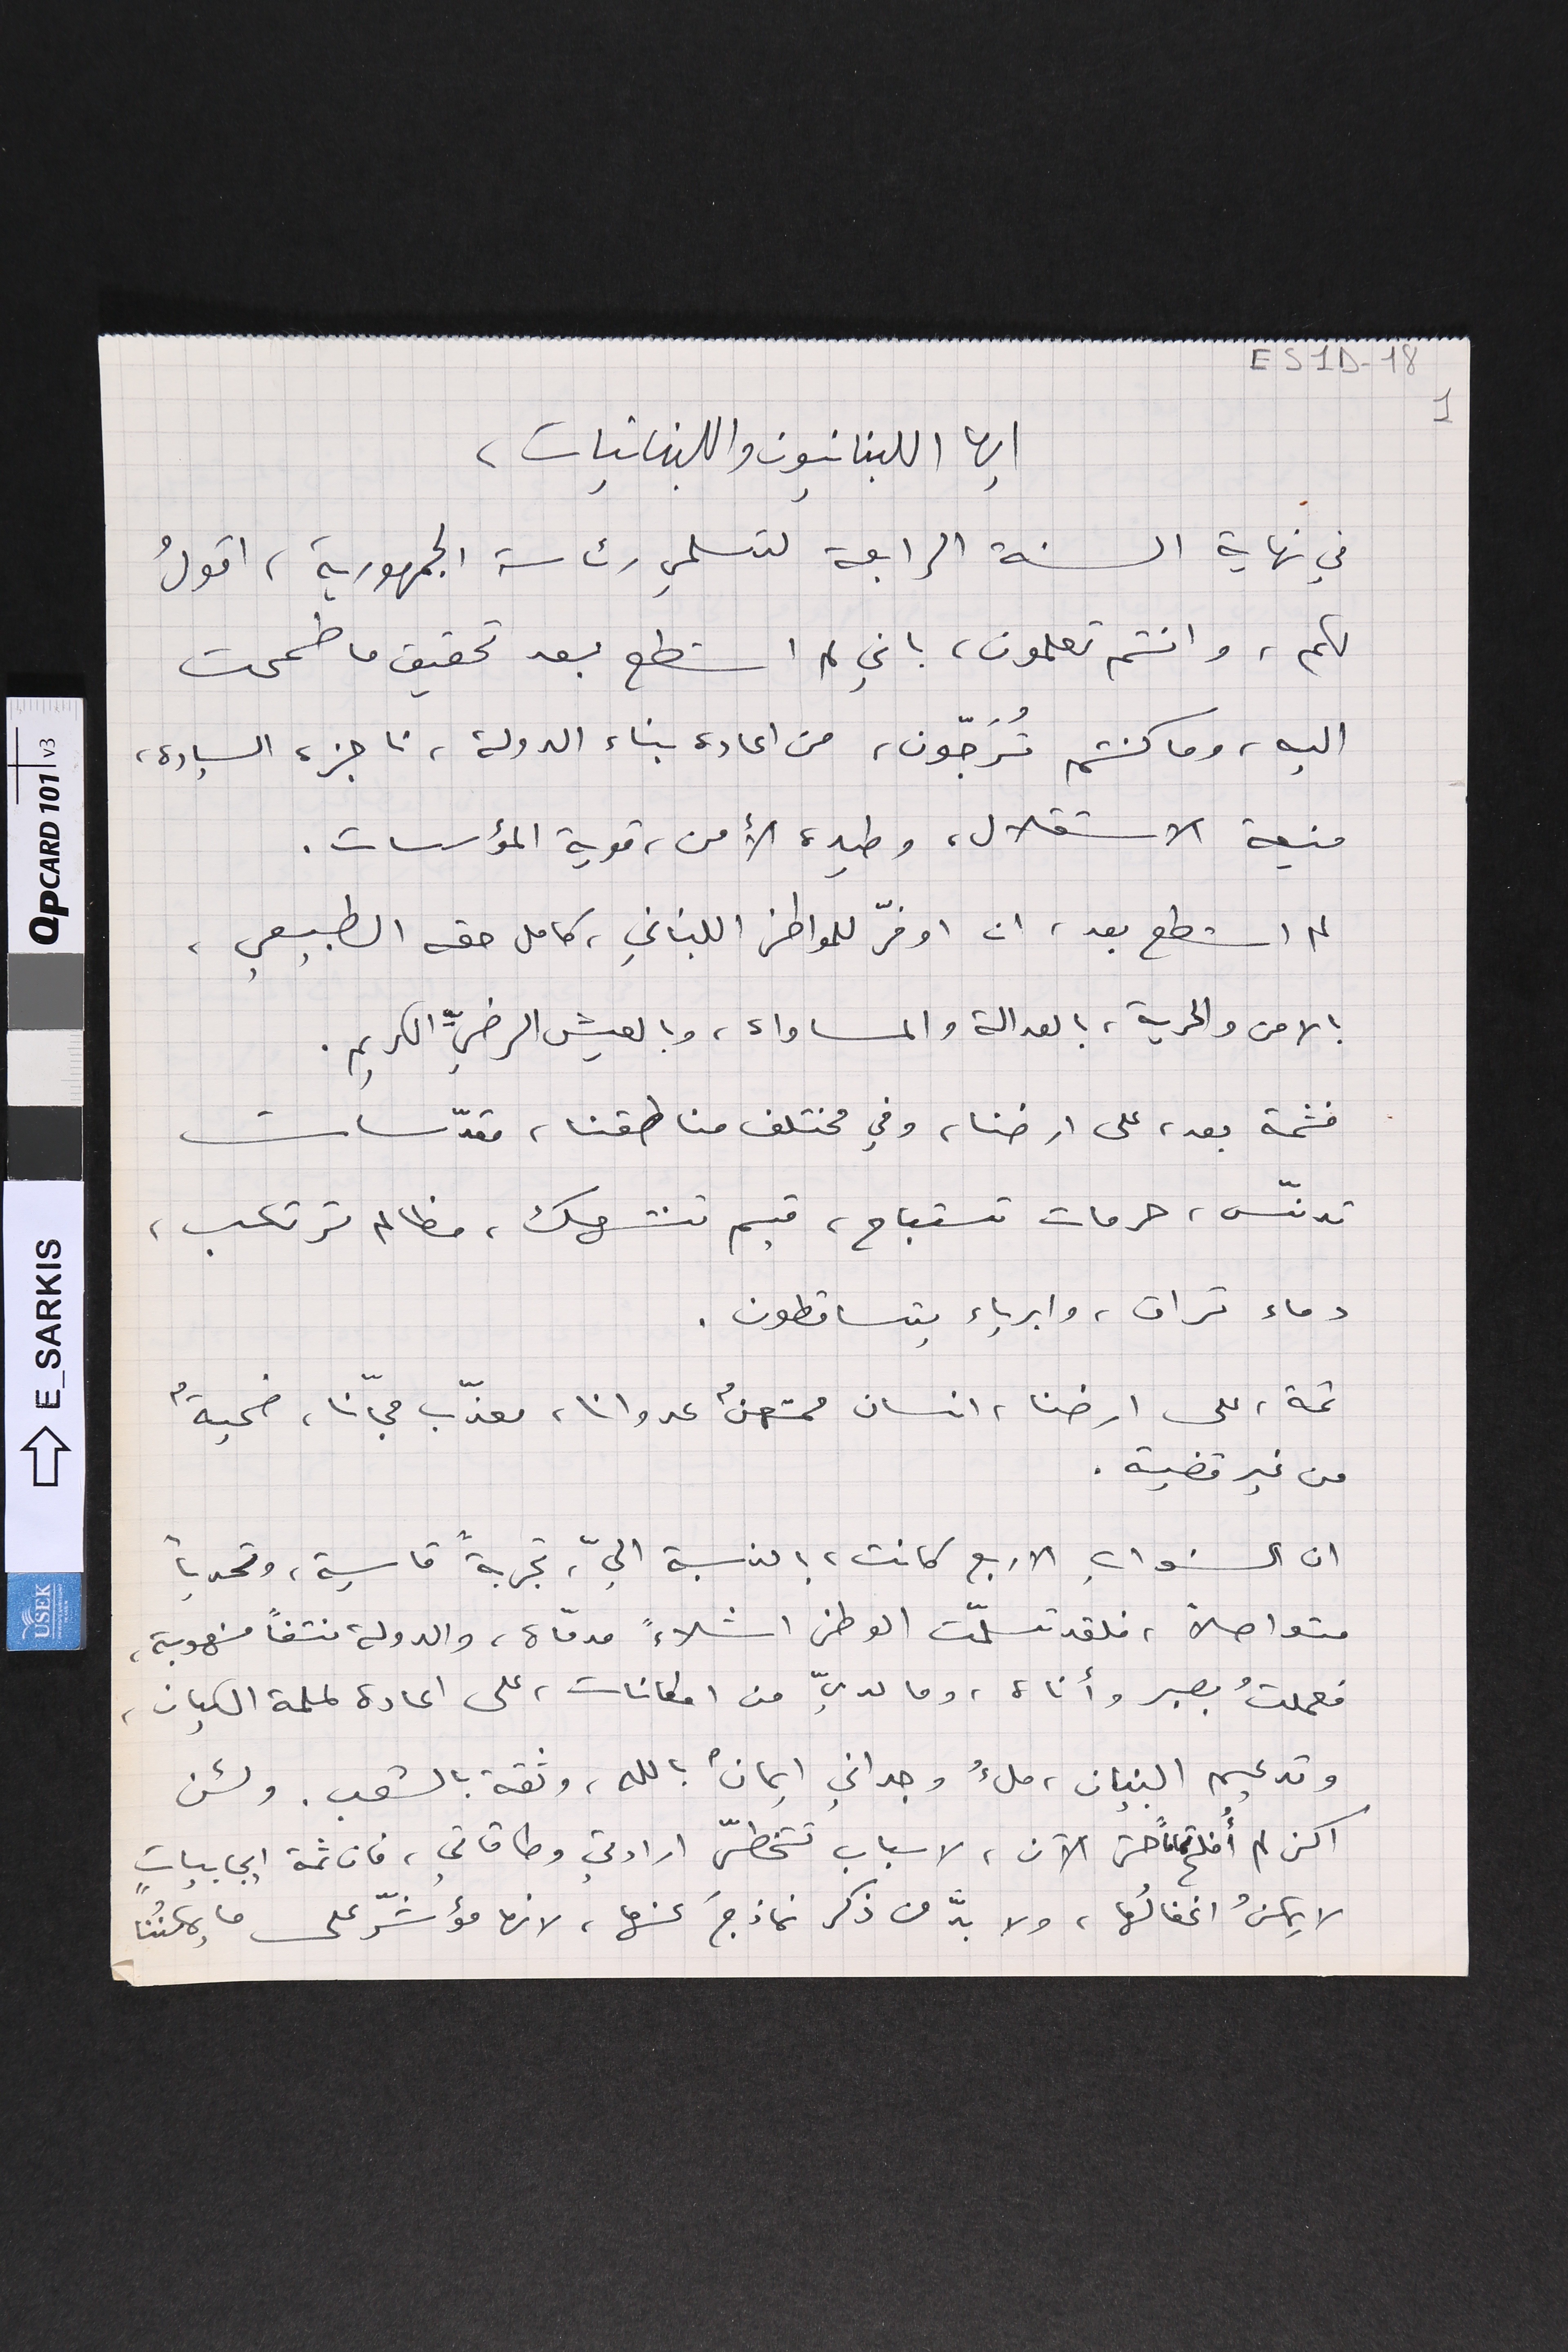
ES1D-18    1
ايها اللبنانيون واللبنانيات،
في نهاية السنة الرابعة لتسلمي رئاسة الجمهورية، اقولُ
لكم، وانتم تعلمون، باني لم استطع بعد تحقيق ما طمحت
اليه، وما كنتم تُرَجّون، من اعادة بناء الدولة، ناجزة السيادة،
منيعة الاستقلال، وطيدة الأمن، قوية المؤسسات.
لم استطع بعد، ان اوفّر للمواطن اللبناني، كامل حقه الطبيعي،
بالامن والحرية، بالعدالة والمساواة، وبالعيش الرضيِّ الكريم.
فثمة بعد، على ارضنا، وفي مختلف مناطقنا، مقدّسات
تدنّس، حرمات تستباح، قيم تنتهك، مظالم ترتكب،
دماء تراق، وابرياء يتساقطون.
ثمة، على ارضنا، انسان ممتهنٌ عدوانا، معذّب مجّانا، ضحيةٌ
من غير قضية.
ان السنوات الاربع كانت، بالنسبة اليّ، تجربةً قاسية، وتحدياً
متواصلاً، فلقد تسلّمت الوطن اشلاءً مدمّاة، والدولة نتفاً منهوبة،
فعملتُ بصبر وأناة، وما لديّ من امكانات، على اعادة لملمة الكيان،
وتدعيم البنيان، ملءُ وجداني ايمانٌ بالله، وثقة بالشعب. ولئن
اكن لم أُفلح تماماً حتى الآن، لاسباب تتخطّى ارادتي وطاقاتي، فان ثمة ايجابياتٍ
لا يمكنُ اغفالُها، ولا بدّ من ذكر نماذجَ عنها، لانها مؤشّر على ما يمكنُنا